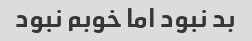
بد نبود اما خوبم نبود